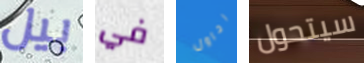
بيل في احاول سيتحول